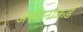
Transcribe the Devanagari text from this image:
अस्मानाकडे